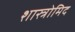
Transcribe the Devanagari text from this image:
शास्त्रोमिद